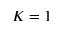
K = 1